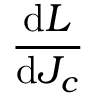
\frac { \mathrm { d } L } { \mathrm { d } J _ { c } }